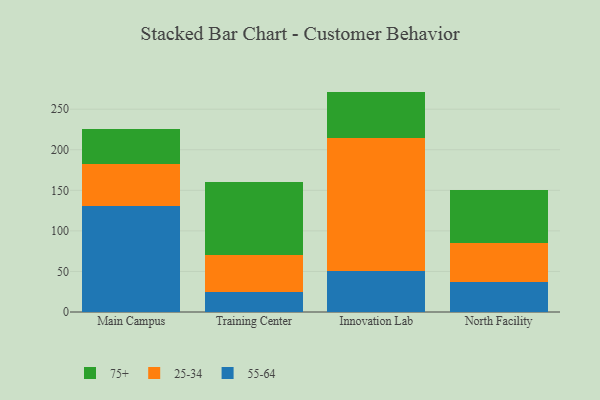
{"axis": {"x": "Campus", "y": "Page Views"}, "legend": ["25-34", "55-64", "75+"], "data": [{"x": "Main Campus", "y": 130.6, "type": "55-64"}, {"x": "Main Campus", "y": 52.4, "type": "25-34"}, {"x": "Main Campus", "y": 43.2, "type": "75+"}, {"x": "Training Center", "y": 24.2, "type": "55-64"}, {"x": "Training Center", "y": 46.0, "type": "25-34"}, {"x": "Training Center", "y": 90.3, "type": "75+"}, {"x": "Innovation Lab", "y": 50.5, "type": "55-64"}, {"x": "Innovation Lab", "y": 164.0, "type": "25-34"}, {"x": "Innovation Lab", "y": 57.2, "type": "75+"}, {"x": "North Facility", "y": 37.5, "type": "55-64"}, {"x": "North Facility", "y": 47.4, "type": "25-34"}, {"x": "North Facility", "y": 65.4, "type": "75+"}]}